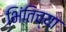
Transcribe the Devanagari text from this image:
भिंतिच्या